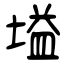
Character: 塧